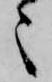
々